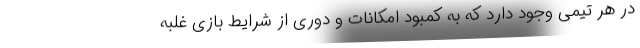
در هر تیمی وجود دارد که به کمبود امکانات و دوری از شرایط بازی غلبه